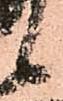
候